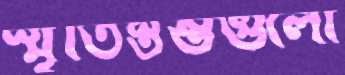
স্মৃতিস্তম্ভগুলো